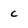
Character: c